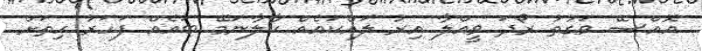
އޮއްސޭ ވަގުތު ރޯދަ ވީއްލާ އިރު ލައްކައެއް ކާލާނަމޭ ބައެއް ފަހަރު ހިތަށް